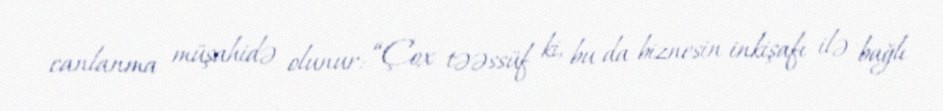
canlanma müşahidə olunur: “Çox təəssüf ki, bu da biznesin inkişafı ilə bağlı